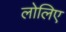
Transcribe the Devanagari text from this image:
लोलिए